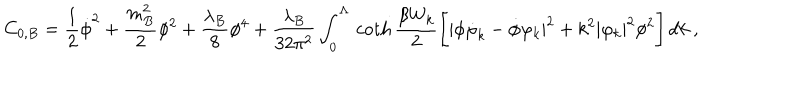
C _ { 0 , B } = \frac 1 2 \dot { \phi } ^ { 2 } + \frac { m _ { B } ^ { 2 } } 2 \phi ^ { 2 } + \frac { \lambda _ { B } } 8 \phi ^ { 4 } + \frac { \lambda _ { B } } { 3 2 \pi ^ { 2 } } \int _ { 0 } ^ { \Lambda } \, \coth \frac { \beta W _ { k } } 2 \Biggl [ | \phi \dot { \varphi } _ { k } - \dot { \phi } \varphi _ { k } | ^ { 2 } + k ^ { 2 } | \varphi _ { k } | ^ { 2 } \phi ^ { 2 } \Biggr ] \, d k \ ,